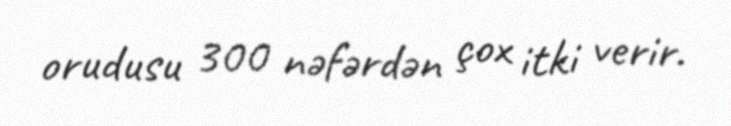
orudusu 300 nəfərdən çox itki verir.